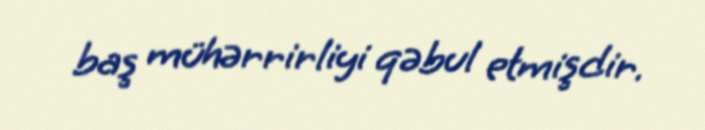
baş mühərrirliyi qəbul etmişdir.